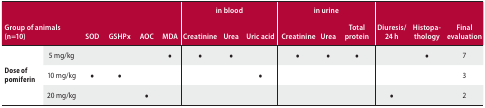
|  |  |  |  |  |  | <COLSPAN=3> in blood | <COLSPAN=3> in urine |  |  |  |
 | <COLSPAN=2> Group of animals (n=10) | SOD | GSHPx | AOC | MDA | Creatinine | Urea | Uric acid | Creatinine | Urea | Total protein | Diuresis/24 h | Histopathology | Final evaluation |
 | --- | --- | --- | --- | --- | --- | --- | --- | --- | --- | --- | --- | --- | --- | --- |
 |  | 5 mg/kg |  |  |  | • | • | • |  | • | • | • |  | • | 7 |
 | Dose of pomiferin | 10 mg/kg | • | • |  |  |  |  | • |  |  |  |  |  | 3 |
 |  | 20 mg/kg |  |  | • |  |  |  |  |  |  |  | • |  | 2 |